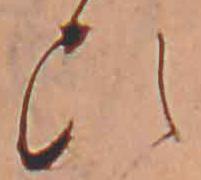
ひ